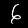
Digit: 6